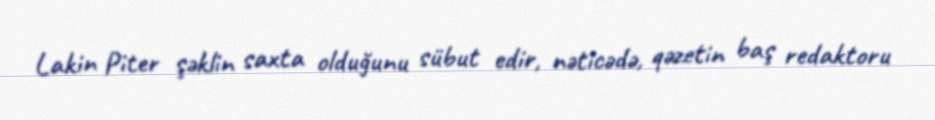
Lakin Piter şəklin saxta olduğunu sübut edir, nəticədə, qəzetin baş redaktoru